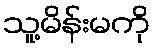
သူ့မိန်းမကို